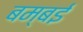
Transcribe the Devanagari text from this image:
बम्‍बई